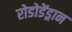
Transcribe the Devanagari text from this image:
रोडोडेंड्रान